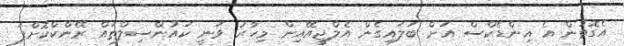
އެގޮތުން އެ އިންޑެކްސް އަށް ބަލައިގެން އެލްޖީއޭއިން މިހާރު ވަނީ ކައުންސިލްތައް ރޭންކްކޮށްފަ